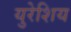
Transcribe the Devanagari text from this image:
युरेशिय